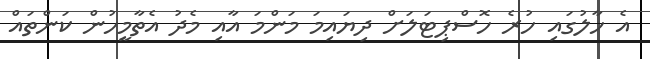
އެ ހާލުގައި ހުރެ ހޮސްޕިޓަލަށް ދިޔައިމަ މަންމަ އާއި މެދު އެތާމީހުން ކަންތައް